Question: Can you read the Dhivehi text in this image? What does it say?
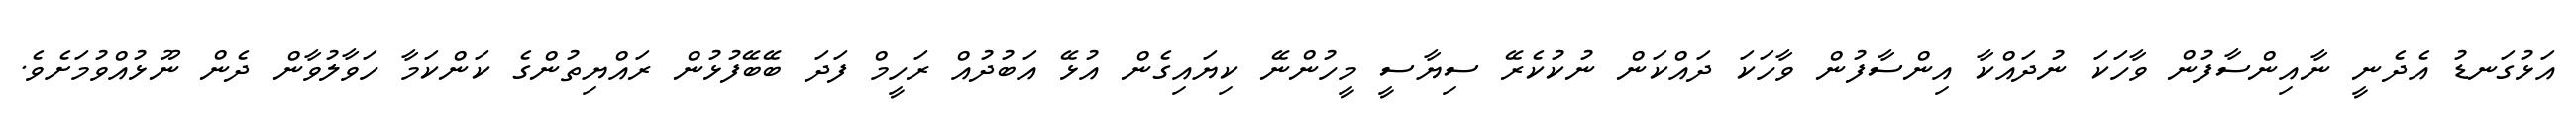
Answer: އަޅުގަނޑު އެދެނީ ނާއިންސާފުން ވާހަކަ ނުދައްކާ އިންސާފުން ވާހަކަ ދައްކަން ނުކުކެރޭ ސިޔާސީ މީހުންނޭ ކިޔައިގެން އުޅޭ އަބުދުއް ރަހީމް ފަދަ ބޭބޭފުޅުން ރައްޔިތުންގެ ކަންކަމާ ހަވާލުވާން ދެން ނޫޅުއްވުމަށެވެ.